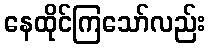
နေထိုင်ကြသော်လည်း